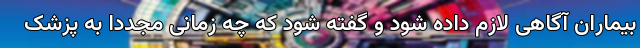
بیماران آگاهی لازم داده شود و گفته شود که چه زمانی مجددا به پزشک